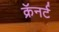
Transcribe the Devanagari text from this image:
क्रॅनर्ट